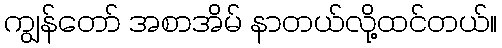
ကျွန်တော် အစာအိမ် နာတယ်လို့ထင်တယ်။